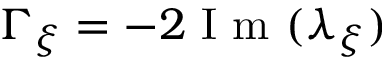
\Gamma _ { \xi } = - 2 \mathrm { ~ I ~ m ~ } ( \lambda _ { \xi } )